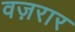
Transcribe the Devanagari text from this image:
वज़रार